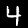
Label: 4